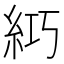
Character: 𥿣